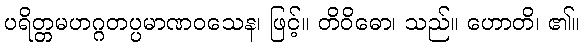
ပရိတ္တမဟဂ္ဂတပ္ပမာဏဝသေန၊ ဖြင့်။ တိဝိဓော၊ သည်။ ဟောတိ၊ ၏။